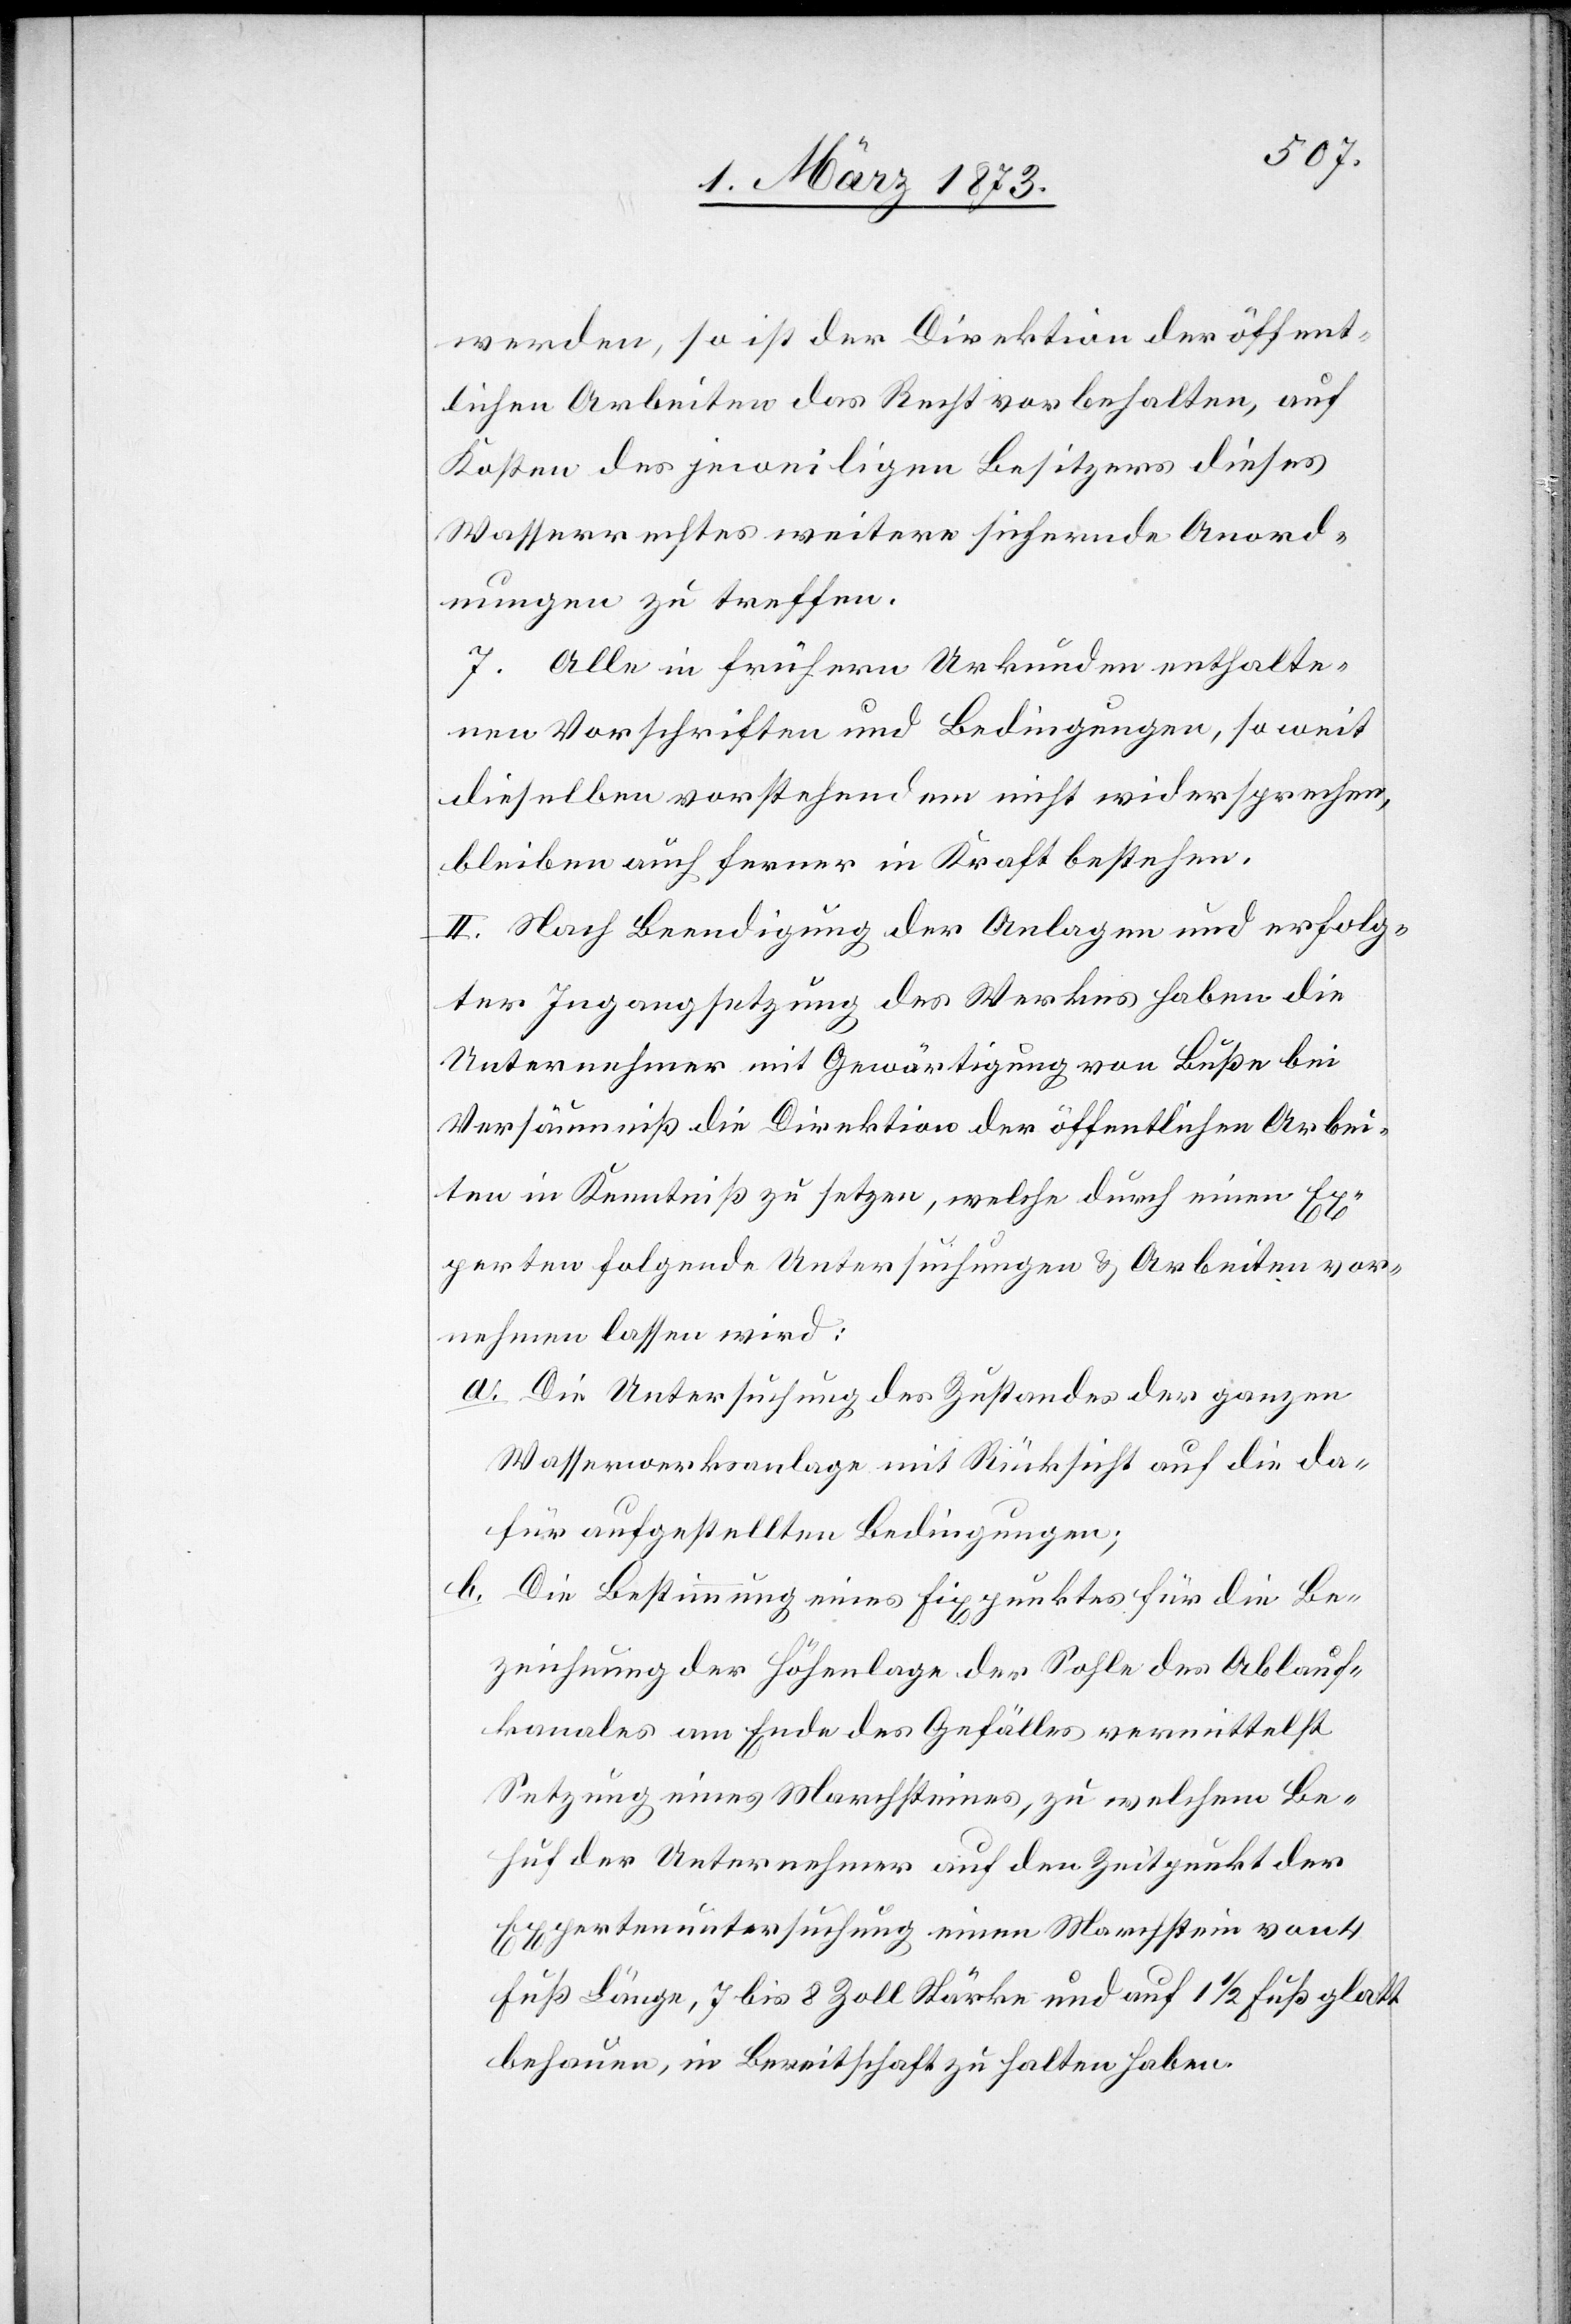
werden, so ist der Direktion der öffent¬
lichen Arbeiten das Recht vorbehalten, auf
Kosten des jeweiligen Besitzers dieses
Wasserrechtes weitere sichernde Anord¬
nungen zu treffen.
7. Alle in frühern Urkunden enthalte¬
nen Vorschriften und Bedingungen, so weit
dieselben vorstehenden nicht widersprechen,
bleiben auch ferner in Kraft bestehen.
II. Nach Beendigung der Anlagen und erfolg¬
ter Ingangsetzung des Werkes haben die
Unternehmer mit Gewärtigung von Buße bei
Versäumniß die Direktion der öffentlichen Arbei¬
ten in Kenntniß zu setzen, welche durch einen Ex¬
perten folgende Untersuchungen u. Arbeiten vor¬
nehmen lassen wird:
a. Die Untersuchung des Zustandes der ganzen
Wasserwerksanlage mit Rücksicht auf die da¬
für aufgestellten Bedingungen;
b. Die Bestimmung eines Fixpunktes für die Be¬
zeichnung der Höhenlage der Sohle des Ablauf¬
kanales am Ende des Gefälles vermittelst
Setzung eines Marchsteines, zu welchem Be¬
huf der Unternehmer auf den Zeitpunkt der
Expertenuntersuchung einen Marchstein von 4
Fuß Länge, 7 bis 8 Zoll Stärke und auf 1 1/2 Fuß glatt
behauen, in Bereitschaft zu halten haben